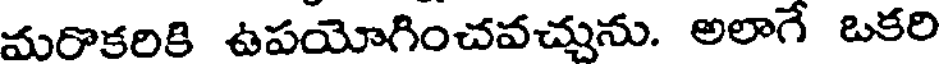
మరొకరికి ఉపయోగించవచ్చును. అలాగే ఒకరి